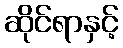
ဆိုင်ရာနှင့်